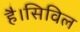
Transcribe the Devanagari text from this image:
है।सिविल